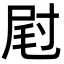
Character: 屗